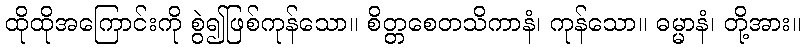
ထိုထိုအကြောင်းကို စွဲ၍ဖြစ်ကုန်သော။ စိတ္တစေတသိကာနံ၊ ကုန်သော။ ဓမ္မာနံ၊ တို့အား။